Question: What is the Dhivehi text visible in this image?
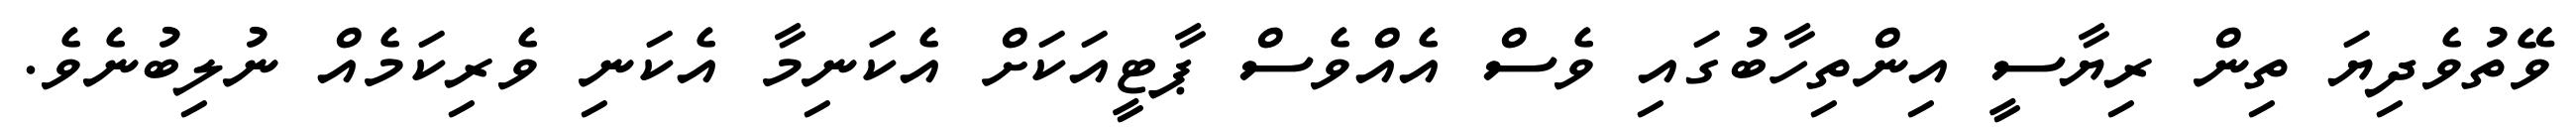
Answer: ވޭތުވެދިޔަ ތިން ރިޔާސީ އިންތިހާބުގައި ވެސް އެއްވެސް ޕާޓީއަކަށް އެކަނިމާ އެކަނި ވެރިކަމެއް ނުލިބުނެވެ.